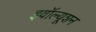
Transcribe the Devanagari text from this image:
इवॉल्यूशन